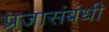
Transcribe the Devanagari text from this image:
प्रजासंबंधी